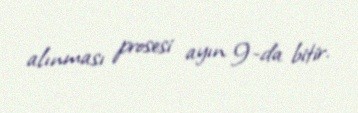
alınması prosesi ayın 9-da bitir.